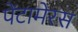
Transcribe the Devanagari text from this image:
पेंटामेरस